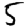
Digit: 5